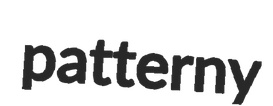
patterny